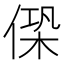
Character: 𠌖